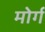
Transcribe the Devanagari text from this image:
मोर्ग